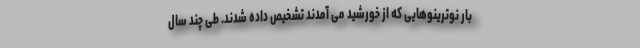
بار نوترینوهایی که از خورشید می آمدند تشخیص داده شدند. طی چند سال